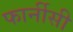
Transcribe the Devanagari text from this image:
फार्नीसी